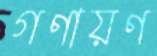
গণায়ণ